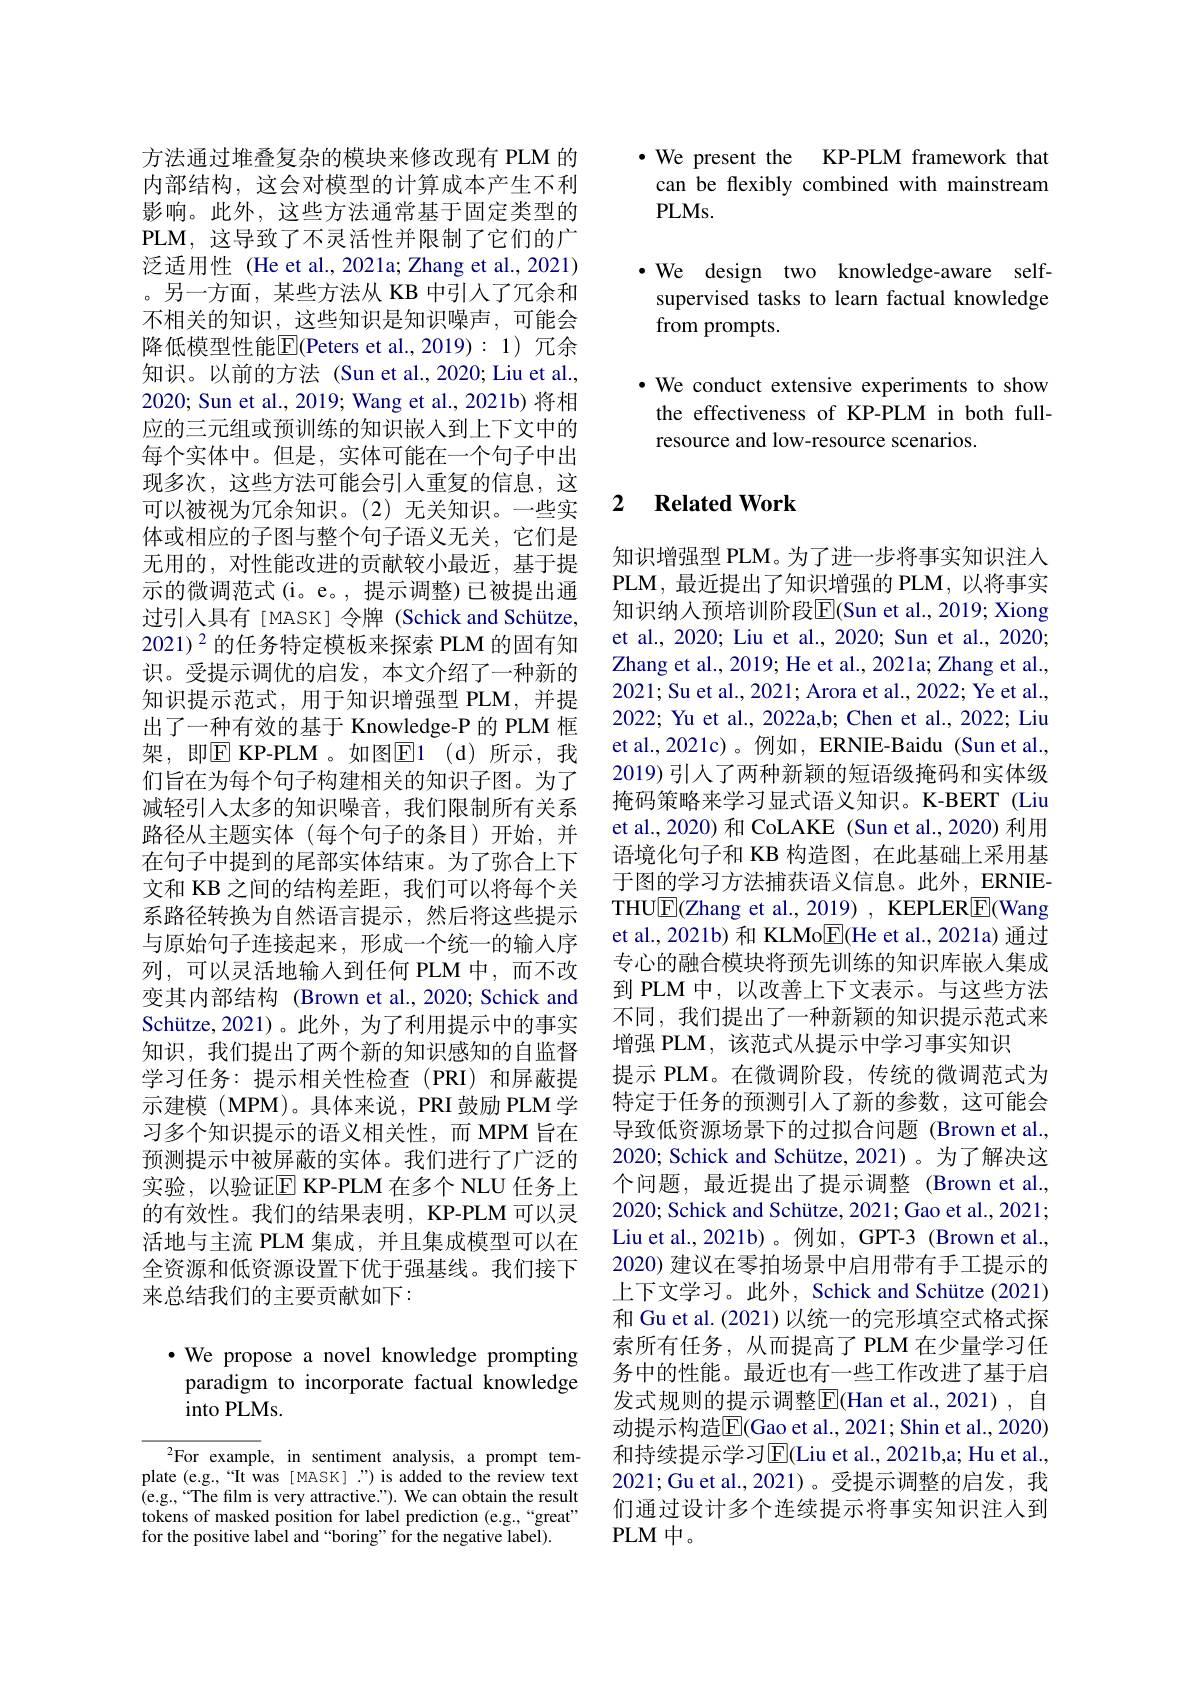
方法通过堆叠复杂的模块来修改现有 PLM 的内部结构，这会对模型的计算成本产生不利影响。此外，这些方法通常基于固定类型的PLM, 这 导 致 了 不 灵 活 性 并 限 制 了 它 们 的 广 泛适用性 (He et al.,2021a; Zhang et al.,2021) 。另一方面，某些方法从 KB 中引入了冗余和不相关的知识，这些知识是知识噪声，可能会降低模型性能$\boxed{\mathrm{F}}($Peters et al.,2019):1)冗余知识。以前的方法 (Sun et al.,2020; Liu et al., 2020; Sun et al., 2019; Wang et al., 2021b) 将相应的三元组或预训练的知识嵌入到上下文中的每个实体中。但是，实体可能在一个句子中出现多次，这些方法可能会引入重复的信息，这可以被视为冗余知识。(2)无关知识。一些实体或相应的子图与整个句子语义无关，它们是无用的，对性能改进的贡献较小最近，基于提示的微调范式(i。e。,提示调整)已被提出通过引入具有[MASK] 令牌 (Schick and Schütze, 2021)$^{2}$的任务特定模板来探索 PLM 的固有知识。受提示调优的启发，本文介绍了一种新的知识提示范式，用于知识增强型 PLM,并提出了一种有效的基于 Knowledge-P 的 PLM 框架，即$\overline{\mathrm{E}}$ KP-PLM。如图$\overline {\mathrm{E} }1$ (d)所示，我们旨在为每个句子构建相关的知识子图。为了减轻引入太多的知识噪音，我们限制所有关系路径从主题实体(每个句子的条目)开始，并在句子中提到的尾部实体结束。为了弥合上下文和 KB 之间的结构差距，我们可以将每个关系路径转换为自然语言提示，然后将这些提示与原始句子连接起来，形成一个统一的输入序列，可以灵活地输入到任何 PLM中，而不改变其内部结构 (Brown et al., 2020; Schick and Schütze, 2021)。此外，为了利用提示中的事实知识，我们提出了两个新的知识感知的自监督学习任务：提示相关性检查(PRI)和屏蔽提示建模(MPM)。具体来说，PRI 鼓励 PLM 学习多个知识提示的语义相关性，而 MPM 旨在预测提示中被屏蔽的实体。我们进行了广泛的实验，以验证$\boxed{\mathrm{E}}$ KP-PLM 在多个 NLU 任务上的有效性。我们的结果表明，KP-PLM 可以灵活地与主流 PLM 集成，并且集成模型可以在全资源和低资源设置下优于强基线。我们接下来总结我们的主要贡献如下：

$\bullet$ We propose a novel knowledge prompting
paradigm to incorporate factual knowledge
into PLMs.

$^2$For example, in sentiment analysis, a prompt template (e.g.,“It was [MASK]”) is added to the review text (e.g.,“The film is very attractive.”). We can obtain the result tokens of masked position for label prediction (e.g.,“great" for the positive label and “boring”for the negative label).

$\bullet$ We present the KP-PLM framework that
can be flexibly combined with mainstream
$PLMs.$

$\cdot$We design two knowledge-aware selfsupervised tasks to learn factual knowledge from prompts.
·We conduct extensive experiments to show the effectiveness of KP-PLM in both fullresource and low-resource scenarios.

### 2 $\textbf{Related Work}$

知识增强型 PLM。为了进一步将事实知识注人PLM,最近提出了知识增强的 PLM, 以将事实知识纳人预培训阶段$\overline{\mathbb{E}}($Sun et al., 2019; Xiong et al., 2020; Liu et al., 2020; Sun et al., 2020; Zhang et al. , 2019; He et al. , 2021a; Zhang et al. , 2021; Su et al., 2021; Arora et al., 2022; Ye et al., 2022; Yu et al., 2022a,b; Chen et al., 2022; Liu et al., 2021c)。例如，ERNIE-Baidu (Sun et al. 2019) 引人了两种新颖的短语级掩码和实体级掩码策略来学习显式语义知识。K-BERT (Liu et al., 2020) 和 CoLAKE (Sun et al., 2020) 利用语境化句子和 KB 构造图，在此基础上采用基于图的学习方法捕获语义信息。此外，ERNIETHU$\boxed{\mathrm{F}}($Zhang et al., 2019) , KEPLER$\boxed{\mathrm{F}}($Wang et al., 2021b) 和 KLMo$\overline{\mathrm{E}}($He et al., 2021a) 通过专心的融合模块将预先训练的知识库嵌入集成到 PLM 中，以改善上下文表示。与这些方法不同，我们提出了一种新颖的知识提示范式来增强 PLM, 该范式从提示中学习事实知识
提示 PLM。在微调阶段，传统的微调范式为特定于任务的预测引人了新的参数，这可能会导致低资源场景下的过拟合问题 (Brown et al. 2020; Schick and Schütze, 2021)。为了解决这个问题，最近提出了提示调整(Brown et al., 2020; Schick and Schütze, 2021; Gao et al., 2021; Liu et al., 2021b)。例如，GPT-3 (Brown et al. 2020) 建议在零拍场景中启用带有手工提示的上下文学习。此外，Schick and Schütze (2021) 和 Gu et al. (2021) 以统一的完形填空式格式探索所有任务，从而提高了 PLM 在少量学习任务中的性能。最近也有一些工作改进了基于启发式规则的提示调整$\overline{\mathrm{E}}($Han et al.,2021), 自动提示构造$\overline{\mathbb{E}}($Gao et al., 2021; Shin et al., 2020) 和持续提示学习$\operatorname{E}($Liu et al., 2021b,a; Hu et al., 2021;Gu et al.,2021)。受提示调整的启发，我们通过设计多个连续提示将事实知识注人到PLM中。